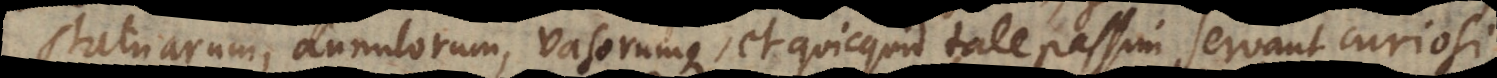
statuarum, annulorum vasorumque, et quicquid tale passim servant curiosi,